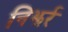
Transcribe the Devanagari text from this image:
निझर्र